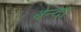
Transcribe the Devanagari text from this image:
बेन्दा